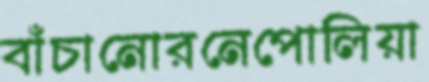
বাঁচানোরনেপোলিয়া